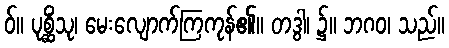
ဝ်။ ပုစ္ဆိံသု၊ မေးလျောက်ကြကုန်၏။ တဒွါ၊ ၌။ ဘဂဝ၊ သည်။